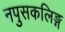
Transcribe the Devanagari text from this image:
नपुसकलिङ्ग